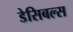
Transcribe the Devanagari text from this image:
डेसिबल्स